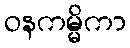
ဝနကမ္မိကာ